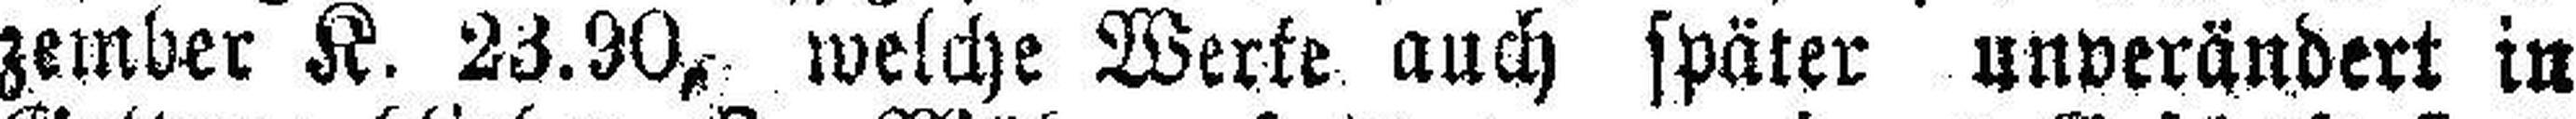
zember K. 23.90, welche Werte auch später unverändert in